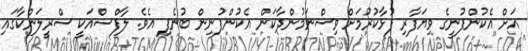
އަށް އެކުންފުނީގެ ވިޔަފާރި ފުޅާކުރުމަށް ވިސްނަމުންދާކަން އެކުންފުނިން ބުނެފި އެވެ. ލާފްސްއަކީ ސްރީލަންކާގައި